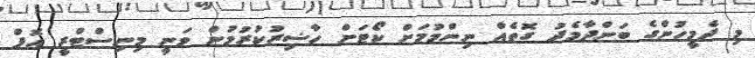
މި ދެމީހުންގެ ބަންދާމެދު ގޮތެއް ނިންމުމަށް ކޯޓަށް ހާޟިރުކުރުުމުން ވަނީ މިނިސްޓްރީ އޮފް